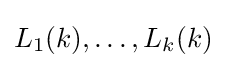
L_{1}(k),\dots ,L_{k}(k)